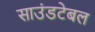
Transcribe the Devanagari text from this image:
साउंडटेबल